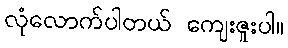
လုံလောက်ပါတယ် ကျေးဇူးပါ။